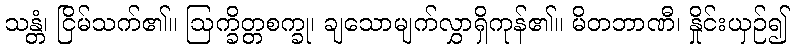
သန္တံ၊ ငြိမ်သက်၏။ ဩက္ခိတ္တစက္ခု၊ ချသောမျက်လွှာရှိကုန်၏။ မိတဘာဏီ၊ နှိုင်းယှဉ်၍